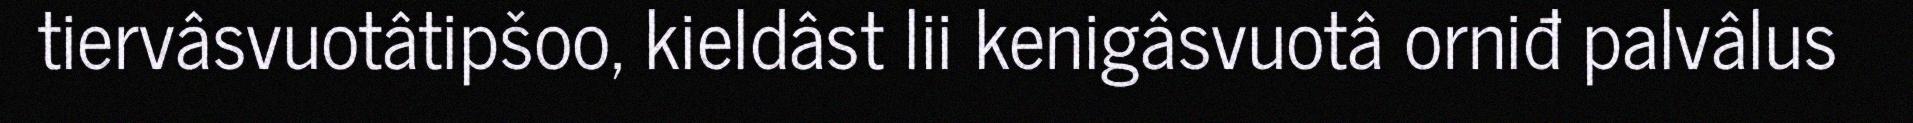
tiervâsvuotâtipšoo, kieldâst lii kenigâsvuotâ orniđ palvâlus